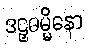
ဒဠှဓမ္မိနော